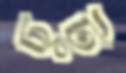
ছুট